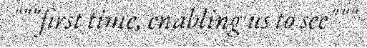
"""first time, enabling us to see"""